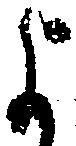
よ